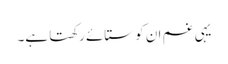
یہی غم ان کو ستائے رکھتا ہے۔